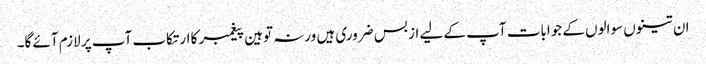
ان تینوں سوالوں کے جوابات آپ کے لیے از بس ضروری ہیں ورنہ توہین پیغمبر کا ارتکاب آپ پر لازم آئے گا۔